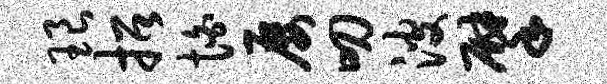
琅招怕屡叨波擘